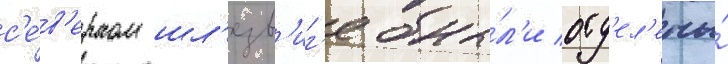
с'е́в'ерном шл'езв'иг'е бы́л'и отд'ел'ены́